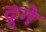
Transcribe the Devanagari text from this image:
दुगे